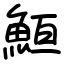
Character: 䱎